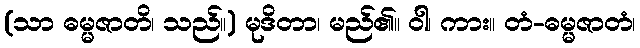
(သာ ဓမ္မဇာတိ၊ သည်။) မုဒိတာ၊ မည်၏။ ဝါ၊ ကား။ တံ-ဓမ္မဇာတံ၊